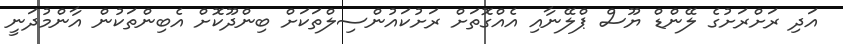
އަދި ރަށްރަށުގެ ލޭންޑް ޔޫސް ޕްލޭނާއި އެއްގޮތަށް ރަށުކައުންސިލްތަކަށް ބިންދޫކޮށް އެބިންތަކުން އާންމުދަނީ